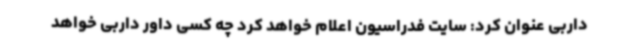
داربی عنوان کرد: سایت فدراسیون اعلام خواهد کرد چه کسی داور داربی خواهد